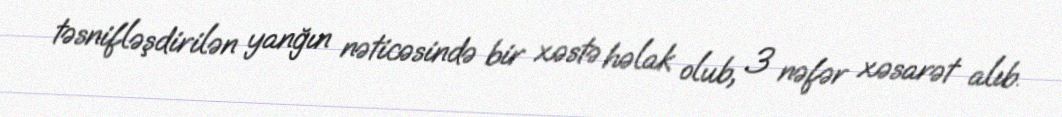
təsnifləşdirilən yanğın nəticəsində bir xəstə həlak olub, 3 nəfər xəsarət alıb.